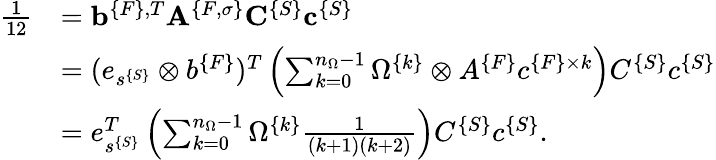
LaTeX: \begin{array}{rl}{\frac{1}{12}}&{={\mathbf b}^{\{ F\} ,T}{\mathbf A}^{\{ F,\sigma\} }{\mathbf C}^{\{ S\} }{\mathbf c}^{\{ S\} }}\\ &{=(e_{s^{\{ S\} }}\otimes b^{\{ F\} })^{T}\left(\sum_{k=0}^{n_{\Omega}-1}\Omega^{\{ k\} }\otimes A^{\{ F\} }c^{\{ F\} \times k}\right)C^{\{ S\} }c^{\{ S\} }}\\ &{=e_{s^{\{ S\} }}^{T}\left(\sum_{k=0}^{n_{\Omega}-1}\Omega^{\{ k\} }\frac{1}{(k+1)(k+2)}\right)C^{\{ S\} }c^{\{ S\} }.}\end{array}